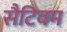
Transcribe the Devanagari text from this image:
सैटिवम